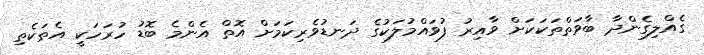
ގެއްލިގެންދާ ބާވަތްތަކަކަށް ވާއިރު ފުވައްމުލަކުގެ ދަނޑުވެރިކަމަށް އޮތް އެންމެ ބޮޑު ހުރަހަކީ އެތަކެތި